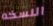
النسخه